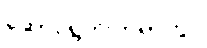
ဆောင်ရွက်ကြရာတွင်